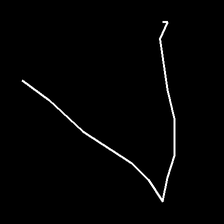
Glyph: region